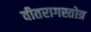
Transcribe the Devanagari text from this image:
वीतरागस्तोत्र